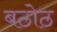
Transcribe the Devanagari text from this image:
बठोठ